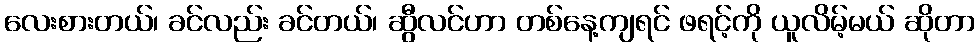
လေးစားတယ်၊ ခင်လည်း ခင်တယ်၊ ဆွီလင်ဟာ တစ်နေ့ကျရင် ဖရင့်ကို ယူလိမ့်မယ် ဆိုတာ